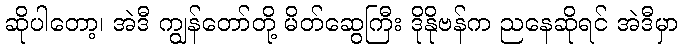
ဆိုပါတော့၊ အဲဒီ ကျွန်တော်တို့ မိတ်ဆွေကြီး ဒိုနိုဗန်က ညနေဆိုရင် အဲဒီမှာ